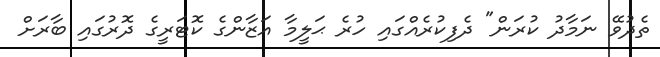
ތެދުވޭ ނަމާދު ކުރަން" ދެފިކުރެއްގައި ހުރެ ޙަލީމާ އަޒާންގެ ކޮޓަރީގެ ދޮރުގައި ބާރަށް